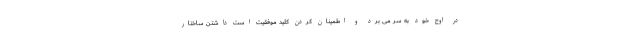
در اوج خود به سر می برد و اطمینان کردن کلید موفقیت است داشتن ساختار